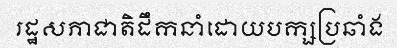
រដ្ឋសភាជាតិដឹកនាំដោយបក្សប្រឆាំង